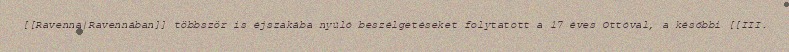
[[Ravenna|Ravennában]] többször is éjszakába nyúló beszélgetéseket folytatott a 17 éves Ottóval, a későbbi [[III.